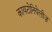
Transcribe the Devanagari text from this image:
कायटोनियेलीज़